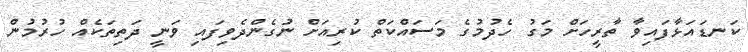
ކަނޑައަޅާފައިވާ ތާރީހަށް މަގު ހެދުމުގެ މަސައްކަތް ކުރިއަށް ނުގެންދެވިފައި ވަނީ ދަތިތަކެއް ހުރުމުން